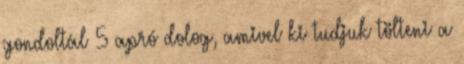
gondoltál 5 apró dolog, amivel ki tudjuk tölteni a